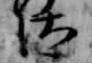
汰